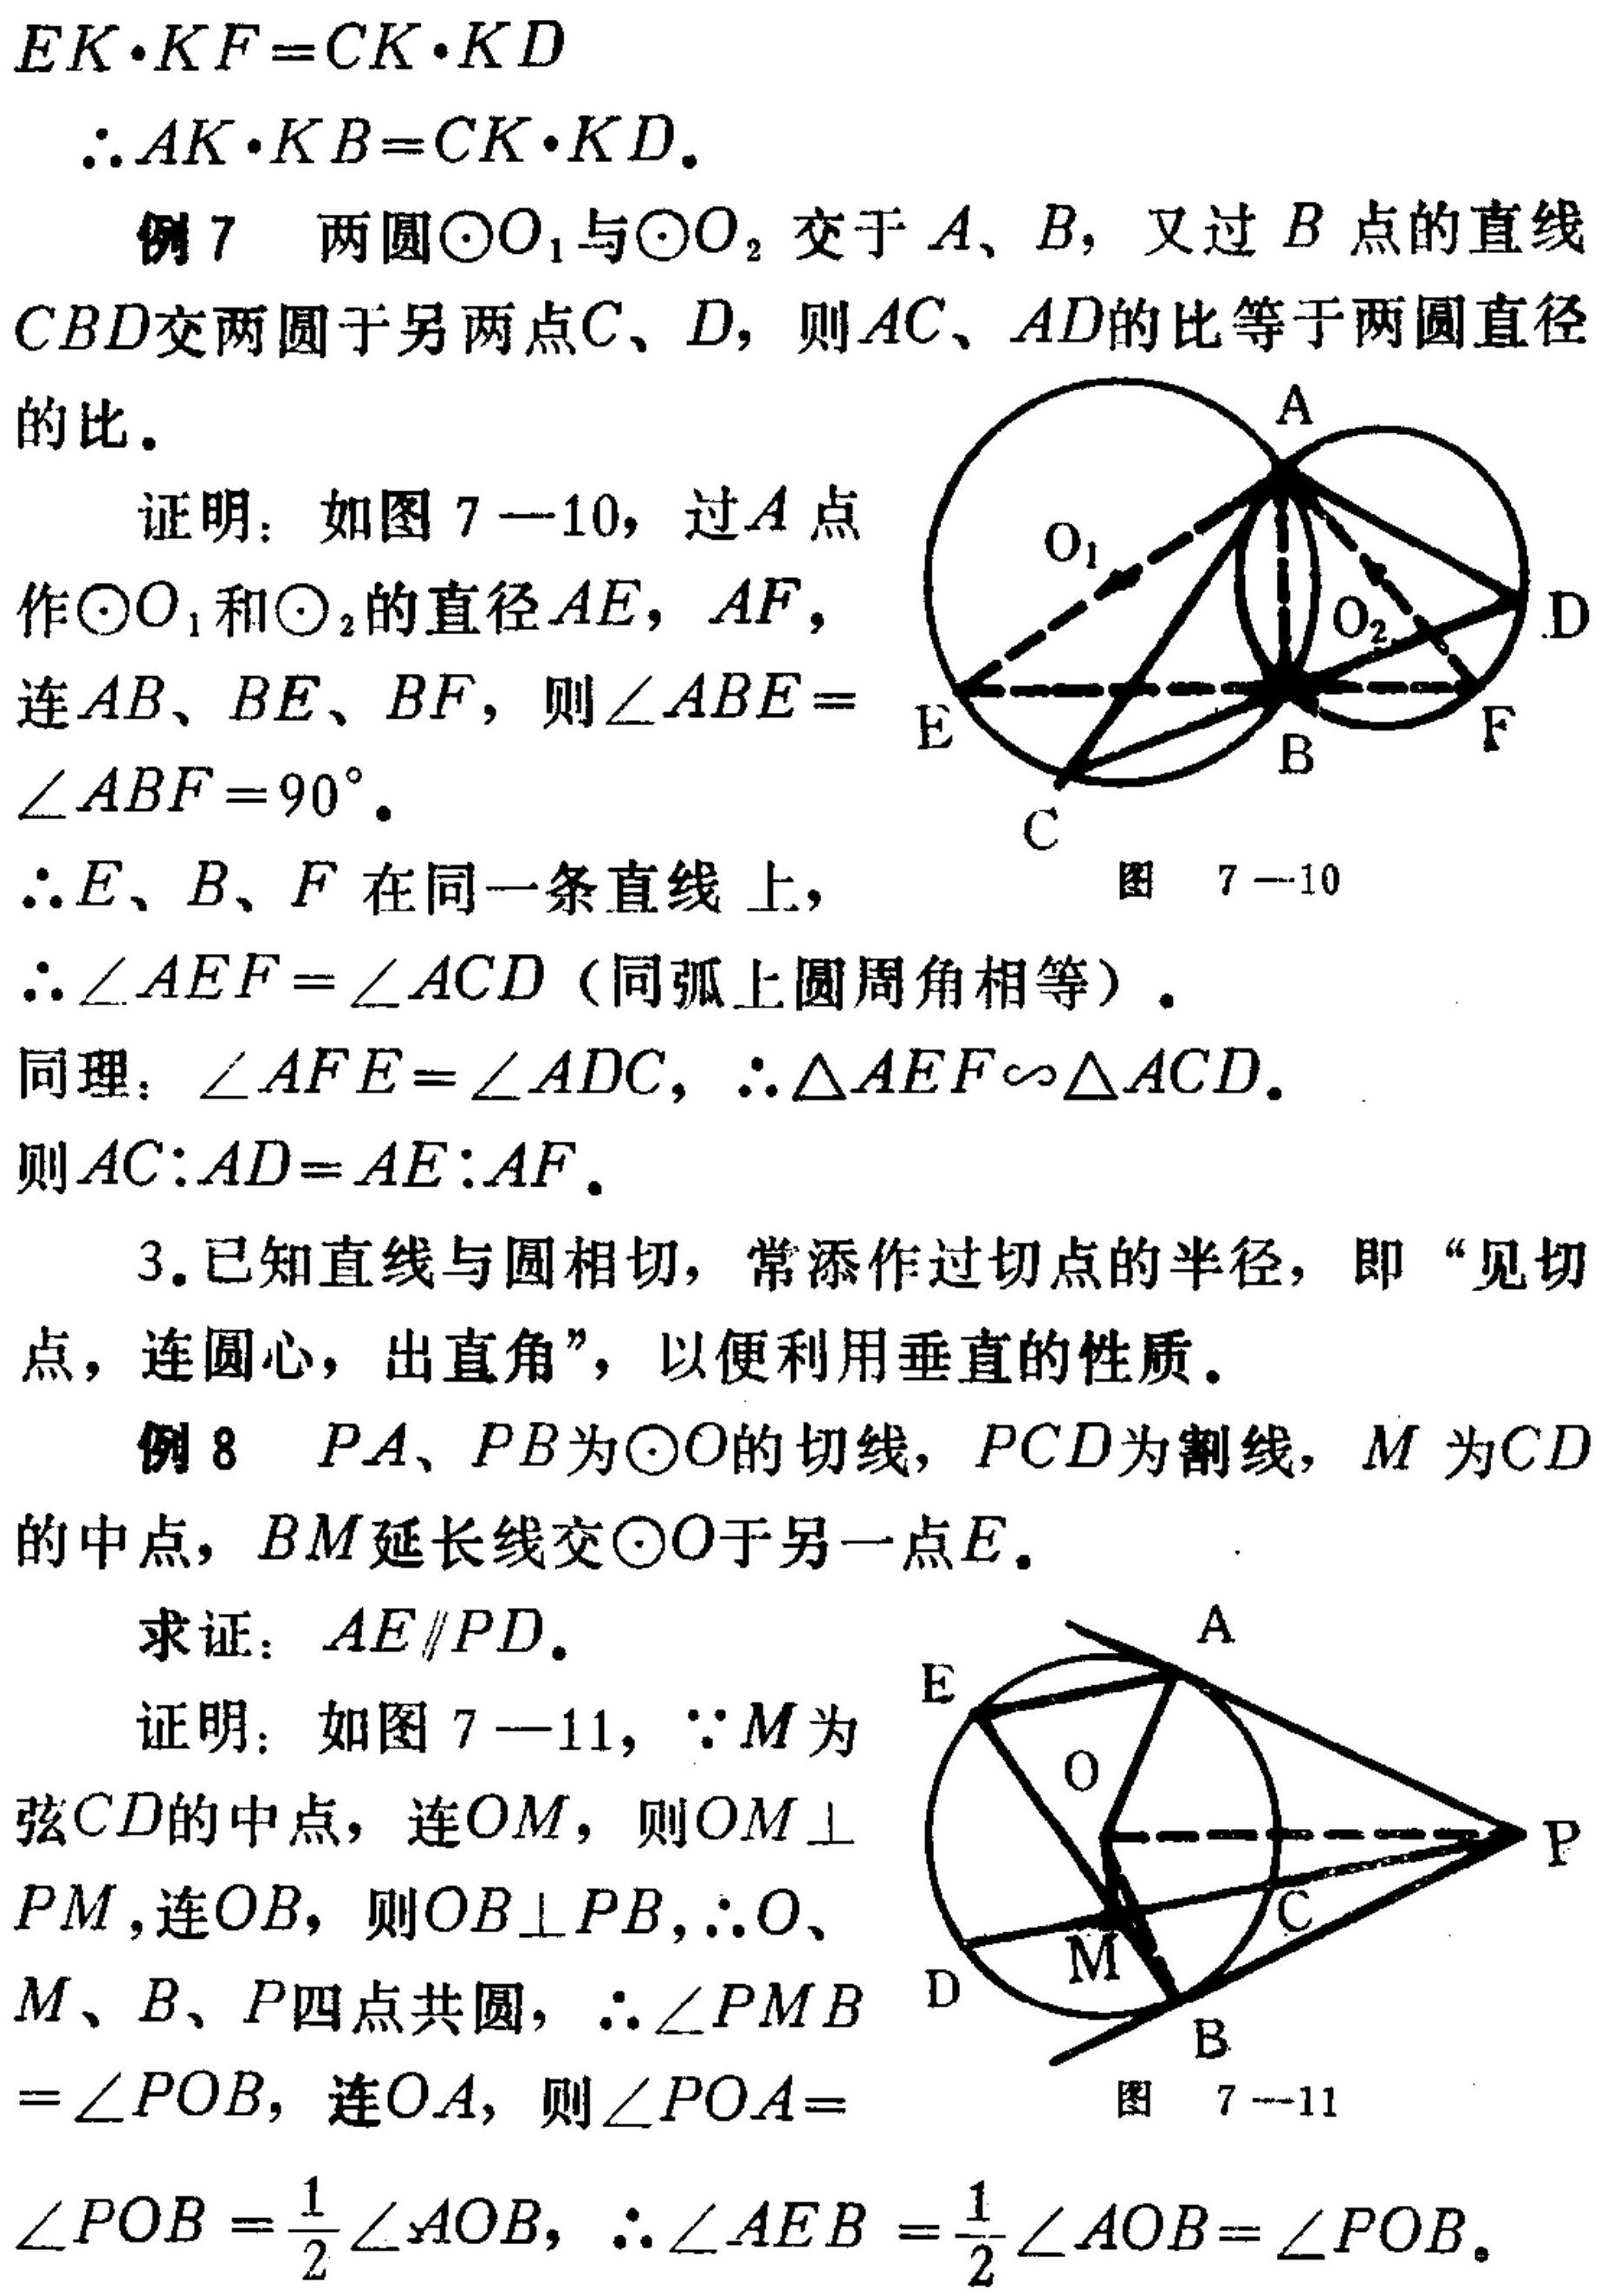
\(EK\cdot KF = CK\cdot KD\)
\(\therefore AK\cdot KB=CK\cdot KD\).
例7 两圆\(\odot O_{1}\)与\(\odot O_{2}\)交于\(A、B\)，又过\(B\)点的直线\(CBD\)交两圆于另两点\(C、D\)，则\(AC、AD\)的比等于两圆直径的比.
证明：如图7 - 10，过\(A\)点作\(\odot O_{1}\)和\(\odot _{2}\)的直径\(AE\)，\(AF\)，连\(AB、BE、BF\)，则\(\angle ABE=\angle ABF = 90^{\circ}\).
\(\therefore E、B、F\)在同一条直线上，
\(\therefore\angle AEF=\angle ACD\)（同弧上圆周角相等）.
同理：\(\angle AFE=\angle ADC\)，\(\therefore\triangle AEF\sim\triangle ACD\).
则\(AC:AD = AE:AF\).
3.已知直线与圆相切，常添作过切点的半径，即“见切点，连圆心，出直角”，以便利用垂直的性质.
例8 \(PA、PB\)为\(\odot O\)的切线，\(PCD\)为割线，\(M\)为\(CD\)的中点，\(BM\)延长线交\(\odot O\)于另一点\(E\).
求证：\(AE\parallel PD\).
证明：如图7 - 11，\(\because M\)为弦\(CD\)的中点，连\(OM\)，则\(OM\perp PM\)，连\(OB\)，则\(OB\perp PB\)，\(\therefore O、M、B、P\)四点共圆，\(\therefore\angle PMB=\angle POB\)，连\(OA\)，则\(\angle POA=\angle POB=\frac{1}{2}\angle AOB\)，\(\therefore\angle AEB=\frac{1}{2}\angle AOB=\angle POB\).